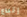
إتباع